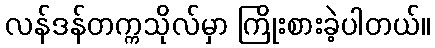
လန်ဒန်တက္ကသိုလ်မှာ ကြိုးစားခဲ့ပါတယ်။